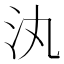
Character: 汍